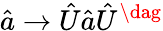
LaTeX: \hat{a}\rightarrow\hat{U}\hat{a}\hat{U}^{\dag}